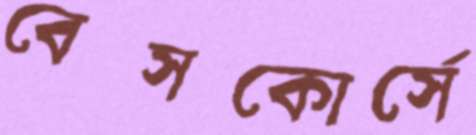
বেসকোর্সে